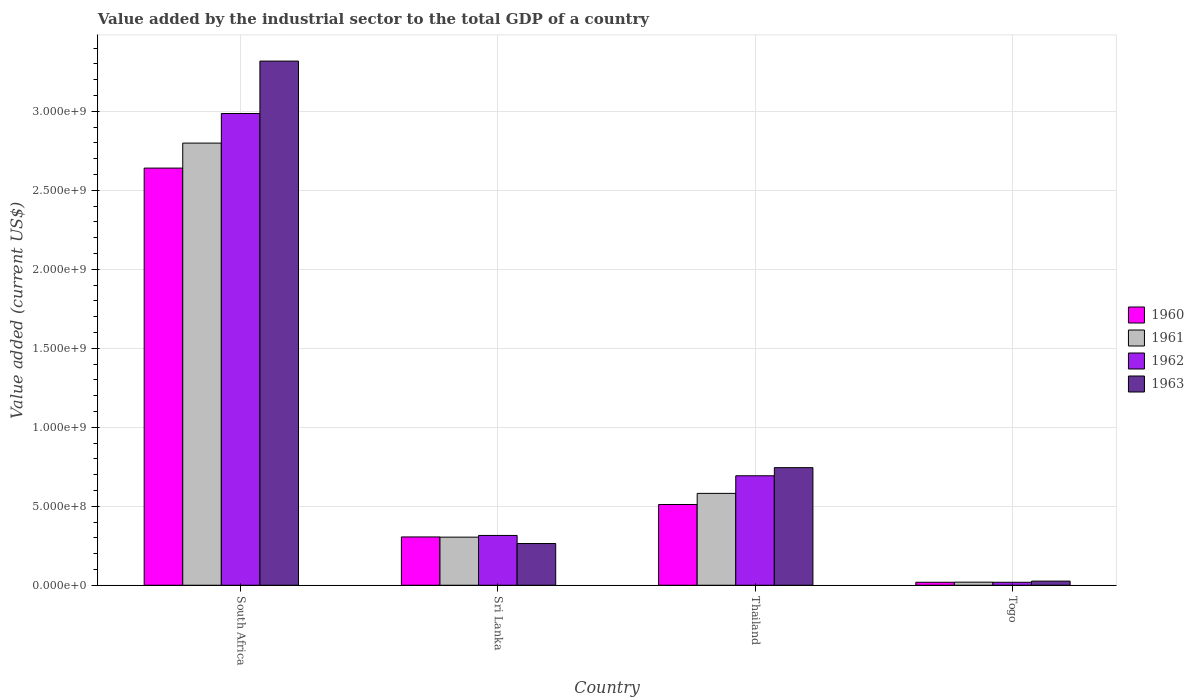
| Country | 1960 | 1961 | 1962 | 1963 |
 | --- | --- | --- | --- | --- |
 | South Africa | 2.64e+09 | 2.8e+09 | 2.99e+09 | 3.32e+09 |
 | Sri Lanka | 3.06e+08 | 3.04e+08 | 3.15e+08 | 2.64e+08 |
 | Thailand | 5.11e+08 | 5.81e+08 | 6.93e+08 | 7.44e+08 |
 | Togo | 1.88e+07 | 1.96e+07 | 1.88e+07 | 2.61e+07 |